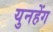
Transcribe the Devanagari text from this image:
युनहेंग